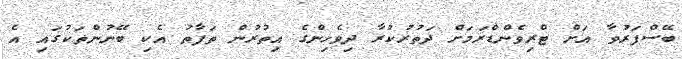
ބޭސްފަރުވާާ އަށް ޓްރިވެންޑްރަމަށް ދަތުރުކުރާ ދިވެހިންގެ އިތުރުން ތަފާތު އެކި ބޭނުންތަކުގައި އެ